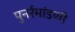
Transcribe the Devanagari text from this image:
पुनर्रमांडणी